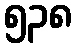
၅၃၈